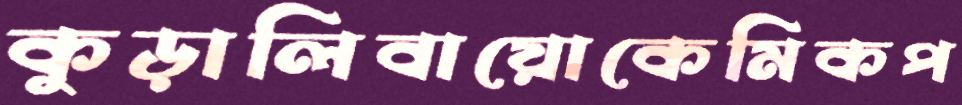
কুড়ালিবায়োকেমিকপ